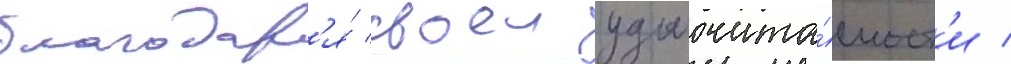
благодар'я́ своеи удобочита́емост'и /